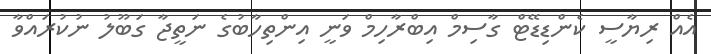
އެއް ރިޔާސީ ކެންޑިޑޭޓް ގާސިމް އިބްރާހިމް ވަނީ އިންތިހާބުގެ ނަތީޖާ ގަބޫލު ނުކުރައްވާ